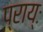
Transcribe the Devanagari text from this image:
प्राय्ः